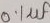
Text: 0.1µf